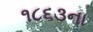
૧૮૬૩ના